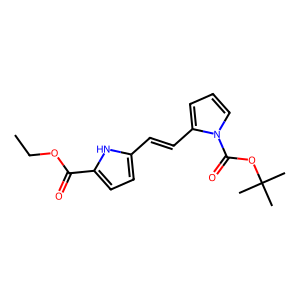
SMILES: CCOC(=O)c1ccc(C=Cc2cccn2C(=O)OC(C)(C)C)[nH]1
Inhibits HIV replication: No